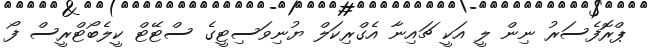
ޕްރޮފެސަރު ނިން ލީ އަކީ ޗައިނާ އެގްރިކަލް ޔުނިވަސިޓީގެ ސްޓޭޓް ކީލެބޯޓްރީސް ފޯ